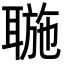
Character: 𦖮